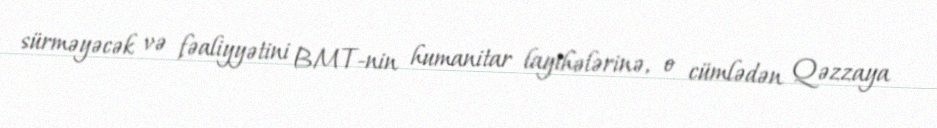
sürməyəcək və fəaliyyətini BMT-nin humanitar layihələrinə, o cümlədən Qəzzaya